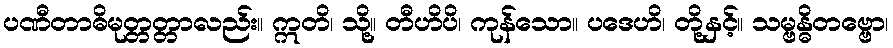
ပဏီတာဓိမုတ္တတ္တာလည်း။ ဣတိ၊ သို့။ တီဟိပိ၊ ကုန်သော။ ပဒေဟိ၊ တို့နှင့်။ သမ္ဗန္ဓိတဗ္ဗော၊